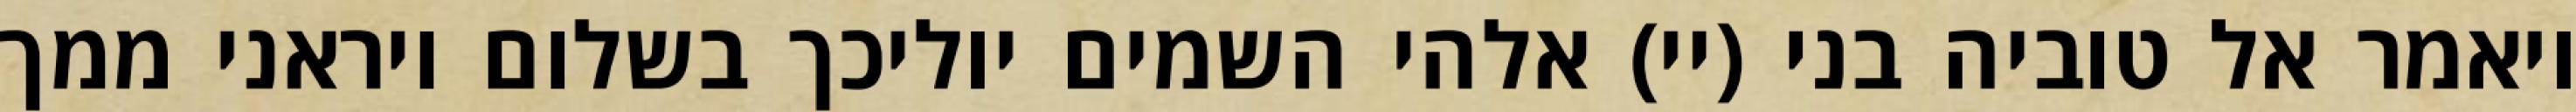
ויאמר אל טוביה בני (יי) אלהי השמים יוליכך בשלום ויראני ממך